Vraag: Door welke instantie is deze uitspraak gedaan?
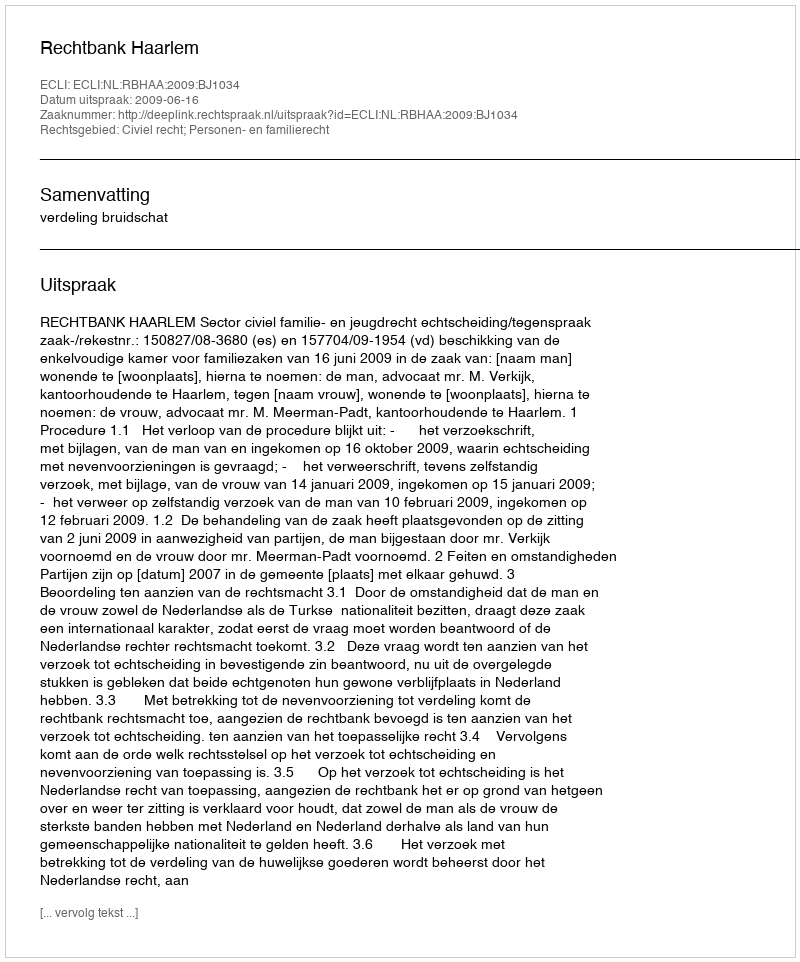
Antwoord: Rechtbank Haarlem